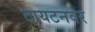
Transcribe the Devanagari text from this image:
टायटनवर